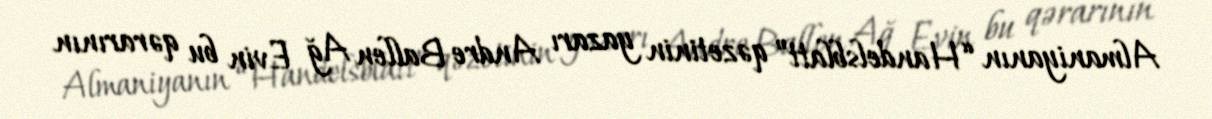
Almaniyanın “Handelsblatt” qəzetinin yazarı Andre Ballen Ağ Evin bu qərarının